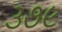
૩૭૯